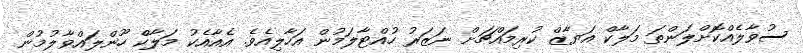
ސުވާލެއްކޮށްލަންތަ މަލާކް އަޔާޒް ކުރިމައްޗަށް ނަޒަރު ހުއްޓާލަމުން އަހާލިއެވެ. އެއާއެކު މަލާކް ހޫންލައްވާލުމުން